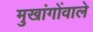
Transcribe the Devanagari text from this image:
मुखांगोंवाले